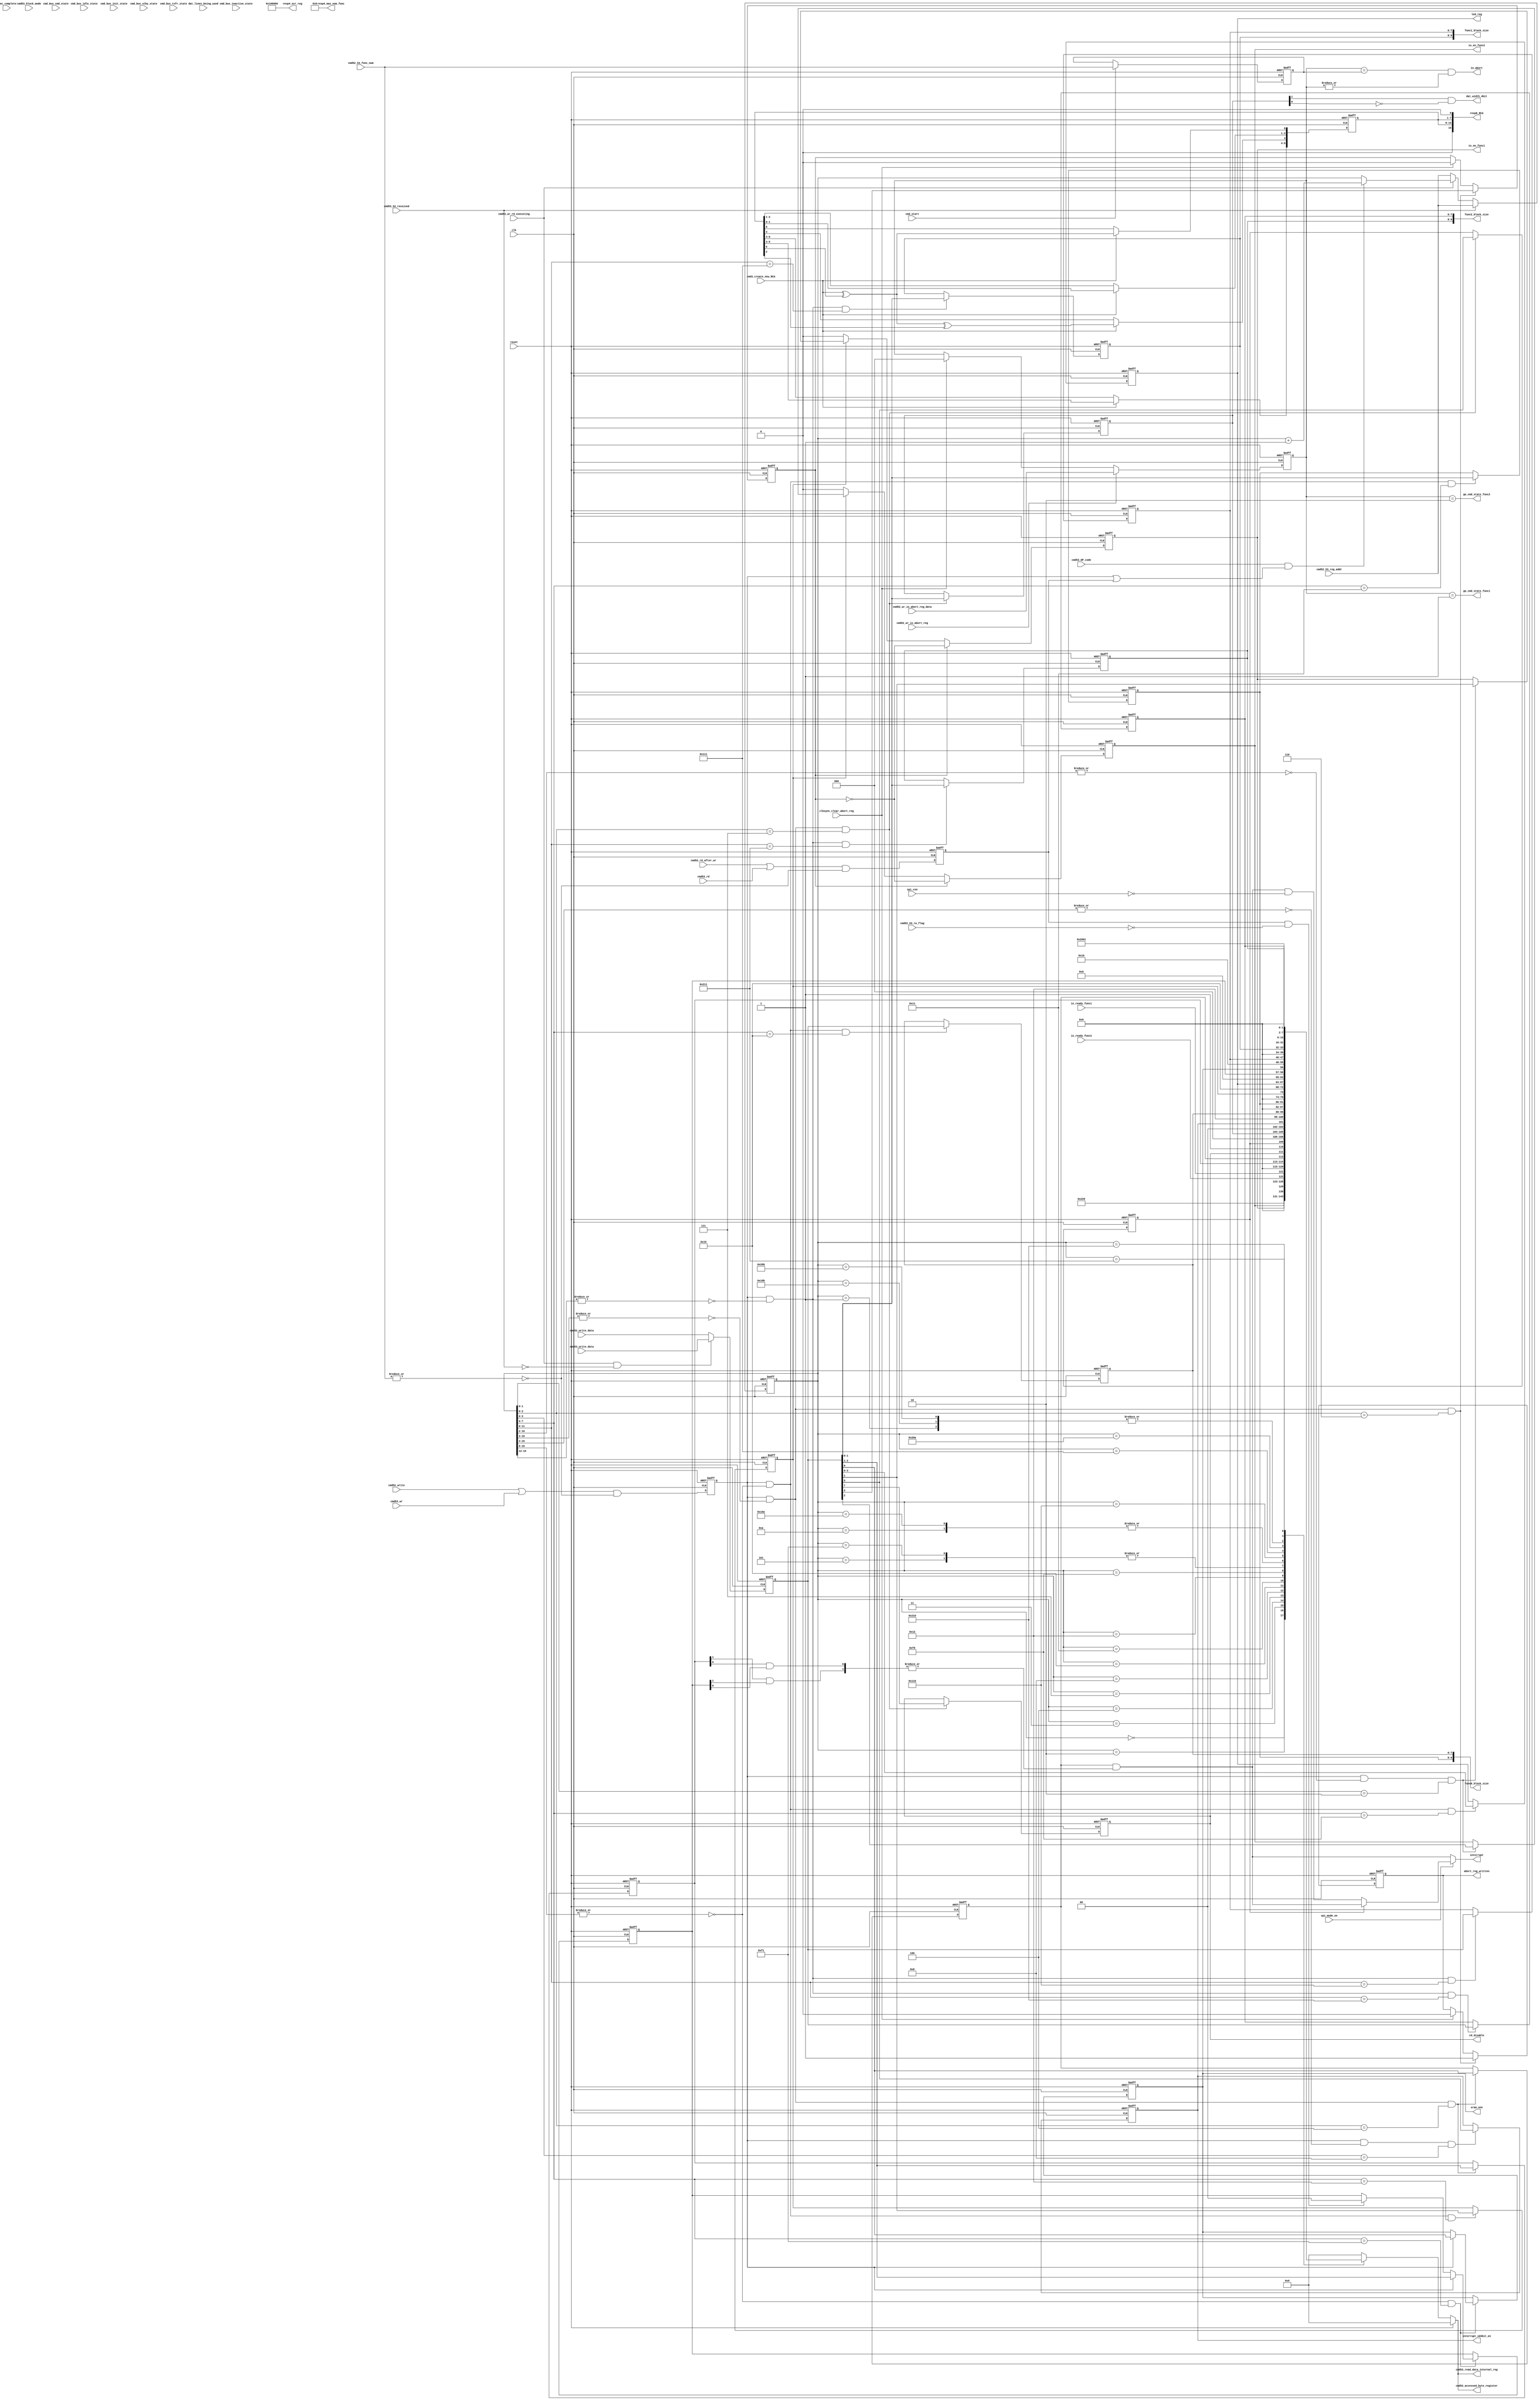
///////////////////////////////////////////////////////////////////////////////
//
// Copyright (C) 2007, Licensed customers of QuickLogic may copy or modify
// this file for use in designing QuickLogic devices only.
//
// Module Name:  registers
//
///////////////////////////////////////////////////////////////////////////////
`timescale 1ns/1ns

module registers(           
                       reset,    // global reset    
                       clk,                            
                           
					   //high_speed,	                    
                       resp4_max_num_func,
                       resp4_ocr_reg,
                       resp6_RCA,
                       
					   cmd52_accessed_byte_register,
                       cmd52_write_data,
                       cmd52_rd_after_wr,
					   cmd52_write,
					   cmd52_53_reg_addr,
					   cmd52_53_func_num,
                       cmd3_create_new_RCA,
					   cmd53_OP_code,
					   cmd52_53_rw_flag,
					   cmd53_block_mode,
					   cmd53_52_received,
					   cmd_start,

	                   cmd52_wr_io_abort_reg_data,
	                   cmd52_wr_io_abort_reg,

					   interrupt,
					   interrupt_sd4bit_en,
					   spi_mode_on,
					   spi_csn,
					   cd_disable,
					   // output register write, read signals going to txfifo.v and rxfifo.v
					   // to properly execute CMD 53 byte or block mode reads.
					   cmd53_wr,
					   cmd53_rd,
					   cmd53_write_data,
					   cmd53_read_data_internal_reg,
					   cmd53_wr_rd_executing,

					   dat_lines_being_used,
					   dat_width_4bit,
					   //cmd52_reset,
		               //cmd52_abort, 
			           //func_suspend, 
			           exec_complete,
			           //func_resume,

					   func0_block_size,
					   func1_block_size,
					   func2_block_size,
					   //func3_block_size,
					   //func4_block_size,
					   //func5_block_size,
					   //func6_block_size,
					   //func7_block_size,
					   //spi_crc_check_en_bit,

			           // CMD BUS STATES
					   cmd_bus_idle_state,    
	                   cmd_bus_init_state,
	                   cmd_bus_stby_state,    
                       cmd_bus_cmd_state,      
                       cmd_bus_txfr_state,     
	                   cmd_bus_inactive_state,
					   
					   led_reg,
					   sram_onn,
					   
					   //function inputs / outputs
                       io_ready_func1,
                       io_ready_func2,
                       //io_ready_func3,
                       //io_ready_func4,
                       //io_ready_func5,
                       //io_ready_func6,
                       //io_ready_func7,
					   ////int_pending_func1,
	                   ////int_pending_func2,
	                   ////int_pending_func3,
	                   ////int_pending_func4,
	                   ////int_pending_func5,
					   ////int_pending_func6,
	                   ////int_pending_func7,
                       io_en_func1,
	                   io_en_func2,
	                   //io_en_func3,
	                   //io_en_func4,
	                   //io_en_func5,
	                   //io_en_func6,
	                   //io_en_func7,
					   go_cmd_state_func1,
                       go_cmd_state_func2,
                       //go_cmd_state_func3,
                       //go_cmd_state_func4,
                       //go_cmd_state_func5,
                       //go_cmd_state_func6,
	                   //go_cmd_state_func7,
					   io_abort,
					   
					   abort_reg_written,
					   clksync_clear_abort_reg  
                   );

    input         reset;                                                      
    input         clk;                            

    //output        high_speed;
	output  [2:0] resp4_max_num_func;
	output [23:0] resp4_ocr_reg;
	output [15:0] resp6_RCA;

	output  [7:0] cmd52_accessed_byte_register;
	input   [7:0] cmd52_write_data;
    input         cmd52_rd_after_wr;
	input	 	  cmd52_write;
	input  [16:0] cmd52_53_reg_addr;
	input   [2:0] cmd52_53_func_num;
    input         cmd3_create_new_RCA;
	input         cmd53_OP_code;
	input         cmd52_53_rw_flag;
	input         cmd53_block_mode;
	input         cmd53_52_received;
	input         cmd_start;

	input   [2:0] cmd52_wr_io_abort_reg_data;
	input         cmd52_wr_io_abort_reg;

    output        interrupt;
	output        interrupt_sd4bit_en;
	output        cd_disable;     //to control external cd resistor
	input         spi_mode_on;
	input         spi_csn;
	// output register addr, write, read signals going to data fifo
    // to properly execute CMD 53 byte or block mode reads.
    input         cmd53_wr;
    input         cmd53_rd;
    input   [7:0] cmd53_write_data;
    output  [7:0] cmd53_read_data_internal_reg;
	input         cmd53_wr_rd_executing;

    input         dat_lines_being_used;
	output        dat_width_4bit;
	//output        cmd52_reset;
	//output		  cmd52_abort;
	//output        func_suspend;
	input         exec_complete;
	//output        func_resume;

	output  [3:0] led_reg;
	output        sram_onn;

    output  [9:0] func0_block_size;
	output  [9:0] func1_block_size;
	output  [9:0] func2_block_size;
	//output  [9:0] func3_block_size;
	//output  [9:0] func4_block_size;
	//output  [9:0] func5_block_size;
	//output  [9:0] func6_block_size;
	//output  [9:0] func7_block_size;
//	output        spi_crc_check_en_bit;

	input		  cmd_bus_idle_state;    
	input         cmd_bus_init_state;
	input         cmd_bus_stby_state;    
    input         cmd_bus_cmd_state;      
    input         cmd_bus_txfr_state;     
	input         cmd_bus_inactive_state; 

//function inputs / outputs
    input         io_ready_func1;
    input         io_ready_func2;
    //input         io_ready_func3;
    //input         io_ready_func4;
    //input         io_ready_func5;
    //input         io_ready_func6;
    //input         io_ready_func7;
////	input         int_pending_func1;
////	input         int_pending_func2;
////	input         int_pending_func3;
////	input         int_pending_func4;
////	input         int_pending_func5;
////	input         int_pending_func6;
////	input         int_pending_func7;
    output        io_en_func1;
	output        io_en_func2;
	//output        io_en_func3;
	//output        io_en_func4;
	//output        io_en_func5;
	//output        io_en_func6;
	//output        io_en_func7;
	output        go_cmd_state_func1;
    output        go_cmd_state_func2;
    //output        go_cmd_state_func3;
    //output        go_cmd_state_func4;
    //output        go_cmd_state_func5;
    //output        go_cmd_state_func6;
	//output        go_cmd_state_func7;
	output        io_abort;

	output        abort_reg_written;
	input         clksync_clear_abort_reg;

//--- Declaration of wires and regs
    wire          irst;

    // read, write, address, data signals
    wire          iwr;
	wire          ird;
	reg           wr;
	reg           rd;
	reg    [16:0] addr;
    reg     [7:0] read_byte_register;
	wire    [7:0] iwrite_byte_register;
	reg     [7:0] write_byte_register;

    //registers
	reg     [6:0] iresp6_RCA;
	wire    [3:0] cccr_rev;           //hardwired
    wire    [3:0] sdio_rev;           //hardwired
    wire    [3:0] sd_format_ver_num;  //hardwired
	reg     [2:1] int_enable_func;
	reg           int_enable_master;
	reg     [3:0] led_reg;
	reg           sram_onn;
	reg           io_card_reset; 
	reg     [2:0] abort_func_num;
	reg           cd_disable;
	wire          continuous_spi_int_support;
	reg           continuous_spi_int_en;
	reg     [1:0] dat_bus_width;
	wire          low_speed_4bit_support;
	wire          low_speed_card;
	reg           interrupt_sd4bit_en;
	wire          interrupt_sd4bit_support;
	wire          suspend_resume_support;
	wire          read_wait_support; 
	wire          multi_block_support; 
	wire          direct_cmd_support; 
	wire          bus_status;
	wire          bus_release_status;
	wire          resume_dat_flag; 
	wire    [3:0] func_bit_sel;
	wire    [7:0] execution_flags;
	wire    [7:0] ready_flags;
	reg     [7:0] block_size_reg_lb;
	reg     [1:0] block_size_reg_hb;
	reg           master_pwr_contrl_en; 
	wire          master_pwr_control_support;
    reg           io_en_func1;
	reg           io_en_func2;
	//reg           io_en_func3;
	//reg           io_en_func4;
	//reg           io_en_func5;
	//reg           io_en_func6;
	//reg           io_en_func7;
    wire          internal_int;
	reg           abort_reg_written;

	reg     [2:1] interrupt_pending_test;
	reg     [2:0] prv_cmd52_53_func_num;

    wire    [2:1] func_int;
    wire    [9:0] func0_block_size;
	wire    [9:0] func1_block_size;
	wire    [9:0] func2_block_size;
	//wire    [9:0] func3_block_size;
	//wire    [9:0] func4_block_size;
	//wire    [9:0] func5_block_size;
	//wire    [9:0] func6_block_size;
	//wire    [9:0] func7_block_size;
    wire          go_cmd_state_func1;
    wire          go_cmd_state_func2;
    //wire          go_cmd_state_func3;
    //wire          go_cmd_state_func4;
    //wire          go_cmd_state_func5;
    //wire          go_cmd_state_func6;
	//wire          go_cmd_state_func7;

	wire          int_pending_func1;
	wire          int_pending_func2;
	//wire          int_pending_func3;
	//wire          int_pending_func4;
	//wire          int_pending_func5;
	//wire          int_pending_func6;
	//wire          int_pending_func7;

	wire    [3:0] func1_sdio_func_int_code;
	wire          func1_csa_support;
	wire          func1_csa_en;
	wire    [7:0] func1_extended_sdio_func_int_code;
	wire          func1_sps;
	wire          func1_eps;
	wire   [23:0] func1_cis;
	reg     [7:0] block_size_reg_lb_func1;
	reg     [1:0] block_size_reg_hb_func1;

	wire    [3:0] func2_sdio_func_int_code;
	wire          func2_csa_support;
	wire          func2_csa_en;
	wire    [7:0] func2_extended_sdio_func_int_code;
	wire          func2_sps;
	wire          func2_eps;
	wire   [23:0] func2_cis;
	reg     [7:0] block_size_reg_lb_func2;
	reg     [1:0] block_size_reg_hb_func2;

//--------------------------------------------------
// -- TBD // ?????
//--------------------------------------------------
assign        dat_width_4bit       = dat_bus_width[1] & ~dat_bus_width[0];
//assign        cmd52_reset          = 1'b0;
//assign		  cmd52_abort          = 1'b0;
//assign        func_suspend         = 1'b0;
//assign        func_resume          = 1'b0;

assign        func0_block_size     = {block_size_reg_hb[1:0], block_size_reg_lb};
assign        func1_block_size     = {block_size_reg_hb_func1[1:0], block_size_reg_lb_func1};
assign        func2_block_size     = {block_size_reg_hb_func2[1:0], block_size_reg_lb_func2};
//assign        func3_block_size     = 10'b0; //{block_size_reg_hb[1:0], block_size_reg_lb};
//assign        func4_block_size     = 10'b0; //{block_size_reg_hb[1:0], block_size_reg_lb};
//assign        func5_block_size     = 10'b0; //{block_size_reg_hb[1:0], block_size_reg_lb};
//assign        func6_block_size     = 10'b0; //{block_size_reg_hb[1:0], block_size_reg_lb};
//assign        func7_block_size     = 10'b0; //{block_size_reg_hb[1:0], block_size_reg_lb};

//assign        spi_crc_check_en_bit = 1'b1;

//--------------------------------------------------
//--------------------------------------------------
// -- START of register file code
//--------------------------------------------------
//--------------------------------------------------

assign irst                         = reset;
assign ird                          = (cmd52_rd_after_wr | cmd53_rd) & ~|cmd52_53_func_num;
assign iwr                          = (cmd52_write | cmd53_wr) & ~|cmd52_53_func_num;  
assign iwrite_byte_register         = (cmd53_wr_rd_executing & ~cmd53_52_received) ? cmd53_write_data : cmd52_write_data;
assign cmd52_accessed_byte_register = read_byte_register;
assign cmd53_read_data_internal_reg = read_byte_register;

  always@( posedge clk or posedge irst )	 
	begin
		if( irst )
		begin
		  addr                  <= 17'h0;
		  rd                    <= 1'b0;
		  wr                    <= 1'b0;
		  write_byte_register   <= 8'b0;
		  prv_cmd52_53_func_num <= 3'b0;
		end
		else 
		begin	
		  rd                    <= ird;
          wr                    <= iwr;
		  write_byte_register   <= iwrite_byte_register;
          
		  if(cmd_start)
		    prv_cmd52_53_func_num <= cmd52_53_func_num;

          if(cmd53_52_received)
            addr           <= cmd52_53_reg_addr;
 		  else if(cmd53_wr_rd_executing)
		  begin
		    if( cmd53_OP_code & (wr|rd) )
			  addr         <= addr + 1'b1;
		  end
		  else
		    addr           <= cmd52_53_reg_addr;
	    end
	end

//--------------------------------------------------
// -- HARDWIRED VALUES and 
// -- SDIO SPEC FIXED Registers
//--------------------------------------------------
assign resp4_max_num_func = 3'b010;
//assign high_speed         = 1'b0;
assign resp4_ocr_reg      = 24'h10_0000;
assign resp6_RCA          = {iresp6_RCA, iresp6_RCA, 1'b0};

  always@( posedge clk or posedge irst )	 
	begin
		if( irst )
		begin
		  iresp6_RCA        <= 7'h0;
		end
		else 
		begin
		  if( cmd3_create_new_RCA )
		  begin
            iresp6_RCA[6:4]   <= iresp6_RCA[5:3] ;
            iresp6_RCA[3]     <= cmd3_create_new_RCA ^ iresp6_RCA[6] ^ iresp6_RCA[2];
            iresp6_RCA[2:1]   <= iresp6_RCA[1:0] ;
            iresp6_RCA[0]     <= cmd3_create_new_RCA ^ iresp6_RCA[6];
		  end
	    end
	end
	
assign cccr_rev                   = 4'h1; 
assign sdio_rev                   = 4'h1;
assign sd_format_ver_num          = 4'h1;
assign continuous_spi_int_support = 1'b1;
assign direct_cmd_support         = 1'b0;
assign multi_block_support        = 1'b1;
assign read_wait_support          = 1'b0;
assign suspend_resume_support     = 1'b0;
assign interrupt_sd4bit_support   = 1'b1;
assign low_speed_card             = 1'b0;
assign low_speed_4bit_support     = 1'b0;
assign bus_status                 = 1'b0;
assign bus_release_status         = 1'b0;
assign func_bit_sel               = 4'b0;
assign resume_dat_flag            = 1'b0;
assign execution_flags            = 8'b0;
assign ready_flags                = 8'b0;
assign master_pwr_control_support = 1'b1;

assign func1_sdio_func_int_code          = 4'b0;
assign func1_csa_support                 = 1'b0;
assign func1_csa_en                      = 1'b0;
assign func1_extended_sdio_func_int_code = 8'b0;
assign func1_sps                         = 1'b0;
assign func1_eps                         = 1'b0;
assign func1_cis                         = 24'h01_1000;

assign func2_sdio_func_int_code          = 4'b0;
assign func2_csa_support                 = 1'b0;
assign func2_csa_en                      = 1'b0;
assign func2_extended_sdio_func_int_code = 8'b0;
assign func2_sps                         = 1'b0;
assign func2_eps                         = 1'b0;
assign func2_cis                         = 24'h01_2000;

//--------------------------------------------------
// -- REGISTER READS using only the rd lines no clk
//--------------------------------------------------
  always@( addr or irst or sdio_rev or cccr_rev or sd_format_ver_num or 
           //io_en_func7 or io_en_func6 or
           //io_en_func5 or io_en_func4 or io_en_func3 or 
		   io_en_func2 or io_en_func1 or 
		   //io_ready_func7 or
		   //io_ready_func6 or io_ready_func5 or io_ready_func4 or io_ready_func3 or 
		   io_ready_func2 or io_ready_func1 or int_enable_func or int_enable_master or 
		   //int_pending_func7 or int_pending_func6 or
		   //int_pending_func5 or int_pending_func4 or int_pending_func3 or 
		   int_pending_func2 or int_pending_func1 or
		   cd_disable or continuous_spi_int_support or continuous_spi_int_en or
           dat_bus_width or	low_speed_4bit_support or low_speed_card or interrupt_sd4bit_en or interrupt_sd4bit_support or   
		   suspend_resume_support or read_wait_support or multi_block_support or direct_cmd_support or bus_status or
           bus_release_status or resume_dat_flag or func_bit_sel or execution_flags or ready_flags or 
		   block_size_reg_lb or block_size_reg_hb or master_pwr_contrl_en or master_pwr_control_support or
           led_reg or interrupt_pending_test or func1_sdio_func_int_code or func1_csa_support or
		   func1_csa_en or func1_extended_sdio_func_int_code or func1_sps or func1_eps or func1_cis or 
		   func2_sdio_func_int_code or func2_csa_support or func2_csa_en or func2_extended_sdio_func_int_code or 
		   func2_sps or func2_eps or func2_cis or block_size_reg_hb_func1 or block_size_reg_lb_func1 or 
		   block_size_reg_hb_func2 or block_size_reg_lb_func2 )	 
	begin
	  if( irst )
	  begin
	    read_byte_register	  <= 8'b0;
	  end
	  else
	  begin    //NOTE: commented out registers prob means these are read as '0' anyway so remove it but keep it here for reference
        case( addr )
          17'h0_0000:   
            read_byte_register <= {sdio_rev, cccr_rev}; 
		  17'h0_0001:   
            read_byte_register <= {4'h0, sd_format_ver_num}; 
		  17'h0_0002:   
            read_byte_register <= {5'b0, io_en_func2, io_en_func1, 1'b0}; 
		  17'h0_0003:   
            read_byte_register <= {5'b0, io_ready_func2, io_ready_func1, 1'b0}; 
          17'h0_0004:   
            read_byte_register <= {5'b0, int_enable_func, int_enable_master}; 
		  17'h0_0005:   
            read_byte_register <= {5'b0, int_pending_func2, int_pending_func1, sram_onn}; 
		  //17'h0_0006:   
          //  read_byte_register <= 8'h0;   //{4'b0, io_card_reset, abort_func_num};  since write only
		  17'h0_0007:   
            read_byte_register <= {cd_disable, continuous_spi_int_support, continuous_spi_int_en, 3'b0, dat_bus_width};
          17'h0_0008:   
            read_byte_register <= {low_speed_4bit_support, low_speed_card, interrupt_sd4bit_en, interrupt_sd4bit_support, suspend_resume_support, read_wait_support, multi_block_support, direct_cmd_support}; 
		  //17'h0_0009:   
          //  read_byte_register <= 8'h00; 
		  17'h0_000A:   
            read_byte_register <= 8'h10; 
		  //17'h0_000B:   
          //  read_byte_register <= 8'h00; 
          //17'h0_000C:   
          //  read_byte_register <= {6'b0, bus_status, bus_release_status}; 
		  //17'h0_000D:   
          //  read_byte_register <= {resume_dat_flag, 3'b0, func_bit_sel}; 
		  //17'h0_000E:   
          //  read_byte_register <= execution_flags; 
		  //17'h0_000F:   
          //  read_byte_register <= ready_flags;
		  17'h0_0010:   
            read_byte_register <= block_size_reg_lb; 
		  17'h0_0011:   
            read_byte_register <= {6'b0, block_size_reg_hb}; 
		  17'h0_0012:   
            read_byte_register <= {6'b0, master_pwr_contrl_en, master_pwr_control_support}; 
          17'h0_00F0:
            read_byte_register <= {4'b0, led_reg};
		  17'h0_00F1:
            read_byte_register <= {5'b0, interrupt_pending_test, sram_onn};  // To be removed once interrupt debugging done, check where sram_onn should go to
		  
		  //function 1 FBR
		  //17'h0_0100:   
          //  read_byte_register <= { func1_csa_en, func1_csa_support, 2'b0, func1_sdio_func_int_code}; 
		  //17'h0_0101:   
		  //  read_byte_register <= func1_extended_sdio_func_int_code;
		  //17'h0_0102:   
          //  read_byte_register <= {6'b0, func1_eps, func1_sps}; 
		  //17'h0_0109:   
		  //  read_byte_register <= func1_cis[7:0];
		  17'h0_010A:   
            read_byte_register <= func1_cis[15:8]; 
		  17'h0_010B:   
		    read_byte_register <= {7'b0, func1_cis[16]};
		  17'h0_0110:   
            read_byte_register <= block_size_reg_lb_func1; 
		  17'h0_0111:   
		    read_byte_register <= {6'b0, block_size_reg_hb_func1};

          //function 2 FBR
		  //17'h0_0200:   
          //  read_byte_register <= {func2_csa_en, func2_csa_support, 2'b0, func2_sdio_func_int_code}; 
		  //17'h0_0201:   
		  //  read_byte_register <= func2_extended_sdio_func_int_code;
		  //17'h0_0202:   
          //  read_byte_register <= {6'b0, func2_eps, func2_sps}; 
		  //17'h0_0209:   
		  //  read_byte_register <= func2_cis[7:0];
		  17'h0_020A:   
            read_byte_register <= func2_cis[15:8]; 
		  17'h0_020B:   
		    read_byte_register <= {7'b0, func2_cis[16]};
		  17'h0_0210:   
            read_byte_register <= block_size_reg_lb_func2; 
		  17'h0_0211:   
		    read_byte_register <= {6'b0, block_size_reg_hb_func2};

		  default: 
		    read_byte_register <= 8'h0;
        endcase	
	  end
    end

//--------------------------------------------------
// -- Interrupt
//--------------------------------------------------
assign interrupt    = spi_mode_on ? (continuous_spi_int_en ? internal_int : (internal_int & ~spi_csn)) : 
                                    internal_int;
assign internal_int = int_enable_master  & (|func_int);   
//assign func_int[7]  = int_enable_func[7] & int_pending_func7;
//assign func_int[6]  = int_enable_func[6] & int_pending_func6;
//assign func_int[5]  = int_enable_func[5] & int_pending_func5;
//assign func_int[4]  = int_enable_func[4] & int_pending_func4;
//assign func_int[3]  = int_enable_func[3] & int_pending_func3;
assign func_int[2]  = int_enable_func[2] & int_pending_func2;
assign func_int[1]  = int_enable_func[1] & int_pending_func1;

//--------------------------------------------------
// -- CCCR REGISTER WRITES (FUNC 0)
// -- 0x000000 to 0x01FFFF
//--------------------------------------------------	
  always@( posedge clk or posedge irst )	 //02h
	begin
		if( irst )
		begin
		  io_en_func1  <= 1'b0;   // can be used to reset func1
		  io_en_func2  <= 1'b0;   // can be used to reset func2
		  //io_en_func3  <= 1'b0;   // can be used to reset func3
		  //io_en_func4  <= 1'b0;   // can be used to reset func4
		  //io_en_func5  <= 1'b0;   // can be used to reset func5
		  //io_en_func6  <= 1'b0;   // can be used to reset func6
		  //io_en_func7  <= 1'b0;   // can be used to reset func7
		end
		else 
		begin
          if( io_card_reset )
		  begin
		    io_en_func1  <= ~io_card_reset;
		    io_en_func2  <= ~io_card_reset;
		    //io_en_func3  <= ~io_card_reset;
		    //io_en_func4  <= ~io_card_reset;
		    //io_en_func5  <= ~io_card_reset;
		    //io_en_func6  <= ~io_card_reset;
		    //io_en_func7  <= ~io_card_reset;
          end
		  else if( ~master_pwr_contrl_en )
		  begin
		    io_en_func1  <= master_pwr_contrl_en;
		    io_en_func2  <= master_pwr_contrl_en;
		    //io_en_func3  <= master_pwr_contrl_en;
		    //io_en_func4  <= master_pwr_contrl_en;
		    //io_en_func5  <= master_pwr_contrl_en;
		    //io_en_func6  <= master_pwr_contrl_en;
		    //io_en_func7  <= master_pwr_contrl_en;
		  end
		  else if( wr & (~|addr[16:2]) & (addr[1:0] == 2'b10) )
		  begin
		    io_en_func1  <= write_byte_register[1];
		    io_en_func2  <= write_byte_register[2];
		    //io_en_func3  <= write_byte_register[3];
		    //io_en_func4  <= write_byte_register[4];
		    //io_en_func5  <= write_byte_register[5];
		    //io_en_func6  <= write_byte_register[6];
		    //io_en_func7  <= write_byte_register[7];
		  end
	    end
	end

  always@( posedge clk or posedge irst )	 //04h
	begin
		if( irst )
		begin
		  int_enable_func	  <= 2'b0;
		  int_enable_master   <= 1'b0;
		end
		else 
		begin
		  if( wr & (~|addr[16:3]) & (addr[2:0] == 3'b100) )
		  begin
		    int_enable_func	  <= write_byte_register[2:1];
            int_enable_master <= write_byte_register[0];
		  end
	    end
	end

  always@( posedge clk or posedge irst )	 //06h
	begin
		if( irst )
		begin
		  io_card_reset	      <= 1'b0;
		  //abort_func_num      <= 3'b0;
		end
		else 
		begin
		  if( wr & (~|addr[16:3]) & (addr[2:0] == 3'b110) )
		  begin
   		    io_card_reset	  <= write_byte_register[3];
            //abort_func_num    <= write_byte_register[2:0];
		  end
		  else if( clksync_clear_abort_reg )
		  begin
		    io_card_reset	  <= 1'b0;
		    //abort_func_num    <= 3'b0;
		  end
	    end
	end

 always@( posedge clk or posedge irst )	 //06h
	begin
		if( irst )
		  abort_func_num      <= 3'b0;
		else 
		begin
		  if( cmd52_wr_io_abort_reg )
            abort_func_num    <= cmd52_wr_io_abort_reg_data;
		  else if( clksync_clear_abort_reg )
		    abort_func_num    <= 3'b0;
	    end
	end

  always@( posedge clk or posedge irst )	 //used to determine if abort reg written, then sync this signal to be used to clear these registers 
	begin
		if( irst )
		  abort_reg_written <= 1'b0;
		else 
		begin
		  if( wr & (~|addr[16:3]) & (addr[2:0] == 3'b110) )
   		    abort_reg_written <= 1'b1;
		  else if( clksync_clear_abort_reg )
		    abort_reg_written <= 1'b0;
	    end
	end
	
assign io_abort           = (abort_func_num == prv_cmd52_53_func_num) & |abort_func_num;
assign go_cmd_state_func1 = (abort_func_num == 3'b001);
assign go_cmd_state_func2 = (abort_func_num == 3'b010);
//assign go_cmd_state_func3 = (abort_func_num == 3'b011);
//assign go_cmd_state_func4 = (abort_func_num == 3'b100);
//assign go_cmd_state_func5 = (abort_func_num == 3'b101);
//assign go_cmd_state_func6 = (abort_func_num == 3'b110);
//assign go_cmd_state_func7 = (abort_func_num == 3'b111);

  always@( posedge clk or posedge irst )	 //07h
	begin
		if( irst )
		begin
		  cd_disable	         <= 1'b0;
		  continuous_spi_int_en  <= 1'b0;
		  dat_bus_width          <= 2'b0;
		end
		else 
		begin
		  if( wr & (~|addr[16:3]) & (addr[2:0] == 3'b111) )
		  begin
   		    cd_disable     	      <= write_byte_register[7];
            continuous_spi_int_en <= write_byte_register[5];
            dat_bus_width         <= write_byte_register[1:0];
		  end
	    end
	end

  always@( posedge clk or posedge irst )	 //08h
	begin
		if( irst )
		  interrupt_sd4bit_en	  <= 1'b0;
		else 
		begin
		  if( wr & (~|addr[16:4]) & (addr[3:0] == 4'b1000) )
   		    interrupt_sd4bit_en   <= write_byte_register[5];
	    end
	end

  always@( posedge clk or posedge irst )	 //10h
	begin
		if( irst )
		begin
		  block_size_reg_lb	  <= 8'h4;
		end
		else 
		begin
		  if( wr & (~|addr[16:8]) & (addr[7:0] == 8'h10) )
		  begin
            block_size_reg_lb <= write_byte_register[7:0];
		  end
	    end
	end

  always@( posedge clk or posedge irst )	 //11h
	begin
		if( irst )
		begin
		  block_size_reg_hb   	  <= 2'h0;
		end
		else 
		begin
		  if( wr & (~|addr[16:8]) & (addr[7:0] == 8'h11) )
		  begin
            block_size_reg_hb    <= write_byte_register[1:0];
		  end
	    end
	end

  always@( posedge clk or posedge irst )	 //12h
	begin
		if( irst )
		begin
		  master_pwr_contrl_en   <= 1'b0;
		end
		else 
		begin
		  if( wr & (~|addr[16:8]) & (addr[7:0] == 8'h12) )
		  begin
            master_pwr_contrl_en <= write_byte_register[1];
		  end
	    end
	end

  always@( posedge clk or posedge irst )	 //F0h
	begin
		if( irst )
		begin
		  led_reg        	  <= 4'h0;
		end
		else 
		begin
		  if( wr & (~|addr[16:8]) & (addr[7:0] == 8'hF0) )
		  begin
            led_reg           <= write_byte_register[3:0];
		  end
	    end
	end

  always@( posedge clk or posedge irst )	 //F1h  // To be removed once interrupt debugging done, for testing purposes only
	begin
		if( irst )
		begin
		  interrupt_pending_test   <= 2'h0;
		  sram_onn                 <= 1'b1;
		end
		else 
		begin
		  if( (~|addr[16:8]) & (addr[7:0] == 8'hF1) )
		  begin
            if( wr )
			begin
			  interrupt_pending_test[2:1] <= write_byte_register[2:1];
			  sram_onn                    <= write_byte_register[0];
			end
		    else if( rd & ~cmd52_53_rw_flag )
			  interrupt_pending_test[2:1] <= 2'h0;
		  end
	    end
	end

assign int_pending_func1 = interrupt_pending_test[1];   // To be removed once interrupt debugging done
assign int_pending_func2 = interrupt_pending_test[2];   // To be removed once interrupt debugging done
//assign int_pending_func3 = interrupt_pending_test[3];   // To be removed once interrupt debugging done
//assign int_pending_func4 = interrupt_pending_test[4];   // To be removed once interrupt debugging done
//assign int_pending_func5 = interrupt_pending_test[5];   // To be removed once interrupt debugging done
//assign int_pending_func6 = interrupt_pending_test[6];   // To be removed once interrupt debugging done
//assign int_pending_func7 = interrupt_pending_test[7];   // To be removed once interrupt debugging done


  always@( posedge clk or posedge irst )	 //110h
	begin
		if( irst )
		begin
		  block_size_reg_lb_func1 <= 8'h4;
		end
		else 
		begin
		  if( wr & (~|addr[16:12]) & (addr[11:0] == 12'h110) )
		  begin
            block_size_reg_lb_func1 <= write_byte_register[7:0];
		  end
	    end
	end

  always@( posedge clk or posedge irst )	 //111h
	begin
		if( irst )
		begin
		  block_size_reg_hb_func1 <= 2'h0;
		end
		else 
		begin
		  if( wr & (~|addr[16:12]) & (addr[11:0] == 12'h111) )
		  begin
            block_size_reg_hb_func1    <= write_byte_register[1:0];
		  end
	    end
	end


  always@( posedge clk or posedge irst )	 //210h
	begin
		if( irst )
		begin
		  block_size_reg_lb_func2 <= 8'h4;
		end
		else 
		begin
		  if( wr & (~|addr[16:12]) & (addr[11:0] == 12'h210) )
		  begin
            block_size_reg_lb_func2 <= write_byte_register[7:0];
		  end
	    end
	end

  always@( posedge clk or posedge irst )	 //211h
	begin
		if( irst )
		begin
		  block_size_reg_hb_func2 <= 2'h0;
		end
		else 
		begin
		  if( wr & (~|addr[16:12]) & (addr[11:0] == 12'h211) )
		  begin
            block_size_reg_hb_func2    <= write_byte_register[1:0];
		  end
	    end
	end

endmodule